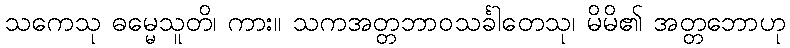
သကေသု ဓမ္မေသူတိ၊ ကား။ သကအတ္တဘာဝသင်္ခါတေသု၊ မိမိ၏ အတ္တဘောဟု